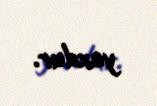
yoxdur.